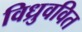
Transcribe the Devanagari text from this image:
विध्रुववित